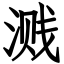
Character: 溅